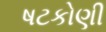
ષટકોણી